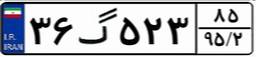
۳۶گ۵۲۳۸۵